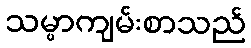
သမ္မာကျမ်းစာသည်